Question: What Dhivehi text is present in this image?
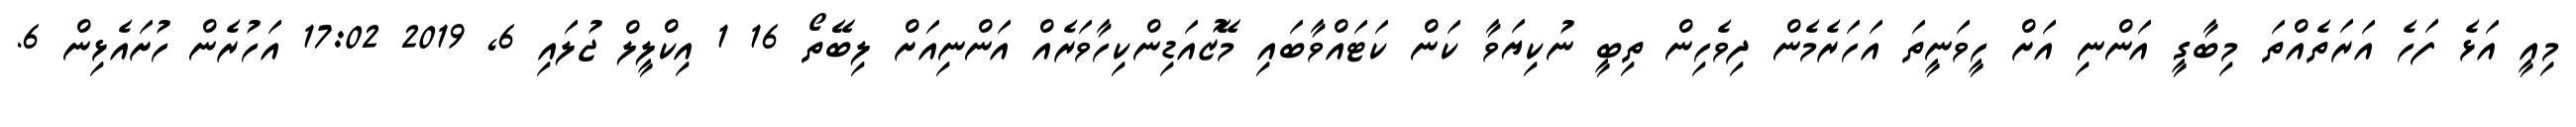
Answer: މިއީ އަޅެ ފަހެ އަރަތެއްތަ މިބާގީ އަންނި އަށް ހީވަނީތަ އަހަރެމެން ދިވެހިން ތިބީ ނުކިޔަވާ ކަން ކަޓައްވާބައި މޭޒުއަޑިންކިހާވަރެއް އަންނިއަށް ލިބޭތޯ 16 1 އިކްލީލް ޖުލައި 6, 2019 17:02 އަހުރެން ހުށައެޅިން 6.